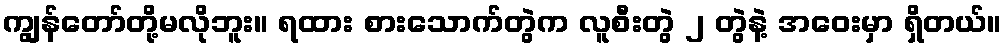
ကျွန်တော်တို့မလိုဘူး။ ရထား စားသောက်တွဲက လူစီးတွဲ ၂ တွဲနဲ့ အဝေးမှာ ရှိတယ်။